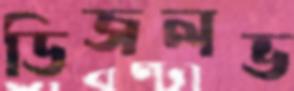
ডিজলভ